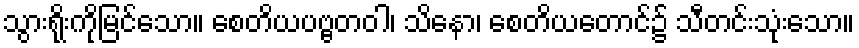
သွားရိုးကိုမြင်သော။ စေတိယပဗ္ဗတဝါ၊ သိနော၊ စေတိယတောင်၌ သီတင်းသုံးသော။